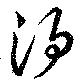
酒